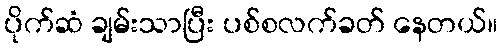
ပိုက်ဆံ ချမ်းသာပြီး ပစ်စလက်ခတ် နေတယ်။